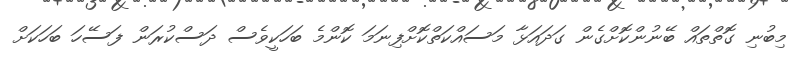
މިބުނި ގޮތްތައްް ބޭނުންކޮށްގެން ގަދައަޅާ މަސައްކަތްކޮށްފިނަމަ ކޮންމެ ބަހަކީވެސް ދަސްކުރަން ފަސޭހަ ބަހަކަށް